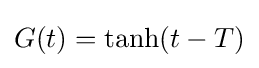
G(t)=\tanh(t-T)